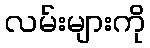
လမ်းများကို